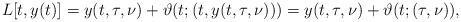
LaTeX: \begin{align*}L[t,y(t)]=y(t,\tau,\nu)+\vartheta(t;(t,y(t,\tau,\nu)))=y(t,\tau,\nu)+\vartheta(t;(\tau,\nu)),\end{align*}